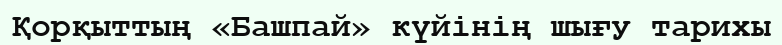
Қорқыттың «Башпай» күйінің шығу тарихы